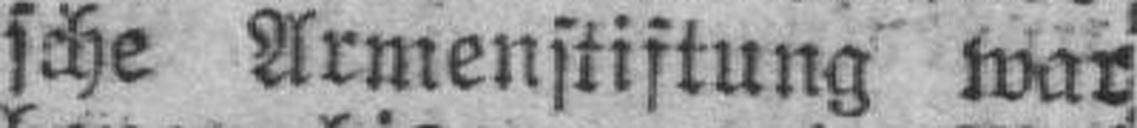
sche Armenstistung war